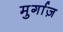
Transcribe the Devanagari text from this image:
मुर्गाज़